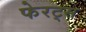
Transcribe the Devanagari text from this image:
फेरट्स